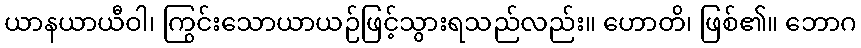
ယာနယာယီဝါ၊ ကြွင်းသောယာယဉ်ဖြင့်သွားရသည်လည်း။ ဟောတိ၊ ဖြစ်၏။ ဘောဂ